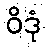
ဝိဒုံ